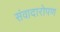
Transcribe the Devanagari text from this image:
संवादारोपण